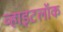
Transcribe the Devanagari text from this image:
व्हाइटलॉक